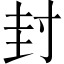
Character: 封